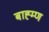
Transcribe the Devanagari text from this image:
बाह्म्ण